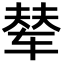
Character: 辇